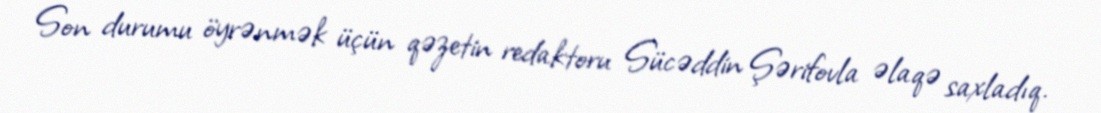
Son durumu öyrənmək üçün qəzetin redaktoru Sücəddin Şərifovla əlaqə saxladıq.